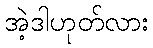
အဲ့ဒါဟုတ်လား